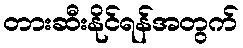
တားဆီးနိုင်ရန်အတွက်